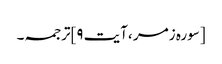
[سورہ زمر ،آیت ۹]ترجمہ۔